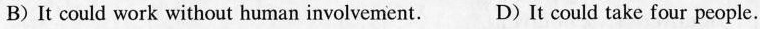
B)It could work without human involvement. D)It could take four people.